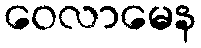
ဝေလာမေန